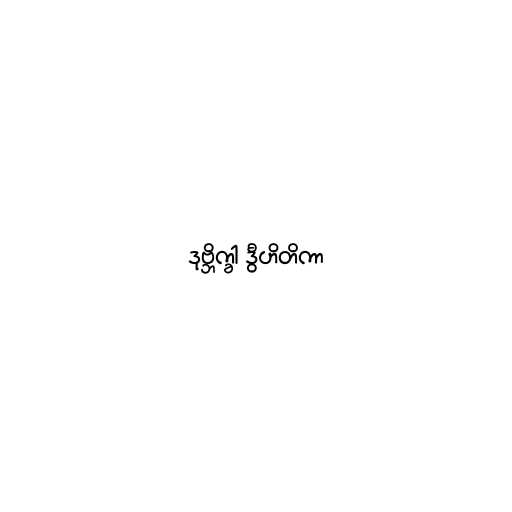
ဒုဗ္ဘိက္ခါ ဒွီဟိတိကာ